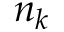
n _ { k }